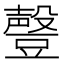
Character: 𰶟